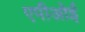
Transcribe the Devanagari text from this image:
एपीओई